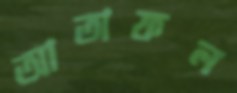
আতাফল